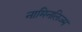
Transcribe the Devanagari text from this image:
नामिनलिज्म